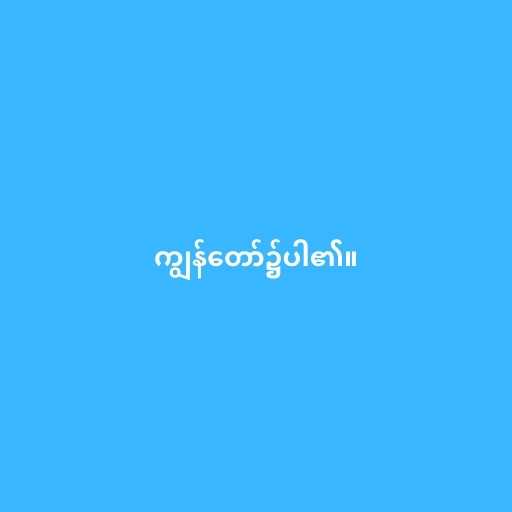
ကျွန်တော်၌ပါ၏။